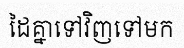
ដៃគ្នាទៅវិញទៅមក